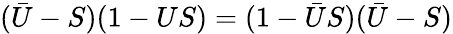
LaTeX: (\bar{U}-S)(1-US)=(1-\bar{U}S)(\bar{U}-S)